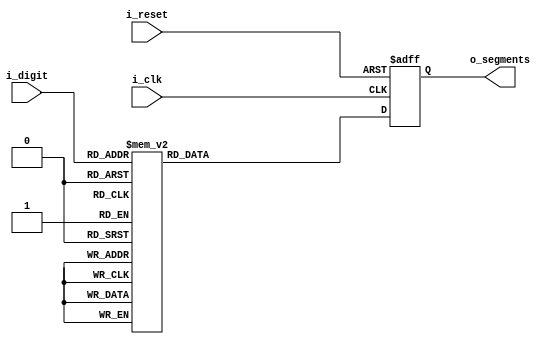
module ssi_encoder(
	input 				i_clk, 
	input 				i_reset, 
	input 		[3:0] 	i_digit, 
	output reg 	[6:0] 	o_segments
);

	always @(posedge i_clk, posedge i_reset) begin
		if (i_reset) begin
			o_segments <= 7'b1000000;
		end else begin
			case(i_digit)
				0: o_segments <= 7'b1000000;
				1: o_segments <= 7'b1111001;
				2: o_segments <= 7'b0100100;
				3: o_segments <= 7'b0110000;
				4: o_segments <= 7'b0011001;
				5: o_segments <= 7'b0010010;
				6: o_segments <= 7'b0000010;
				7: o_segments <= 7'b1111000;
				8: o_segments <= 7'b0000000;
				9: o_segments <= 7'b0010000;
				default: o_segments <= 7'b1000000;
			endcase
		end
	end
	
endmodule